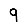
Digit: 9